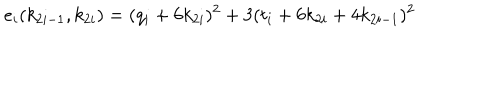
LaTeX: e _ { i } ( k _ { 2 i - 1 } , k _ { 2 i } ) = ( q _ { i } + 6 k _ { 2 i } ) ^ { 2 } + 3 ( t _ { i } + 6 k _ { 2 i } + 4 k _ { 2 i - 1 } ) ^ { 2 }